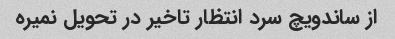
از ساندویچ سرد انتظار تاخیر در تحویل نمیره